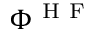
\Phi ^ { \mathrm { ~ H ~ F ~ } }